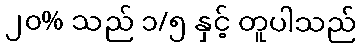
၂၀% သည် ၁/၅ နှင့် တူပါသည်